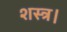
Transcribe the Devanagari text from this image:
शस्त्र।